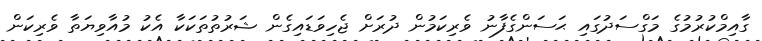
ގާއިމްކުރުމުގެ މަގްސަދުގައި ޙަސަންގެފާނު ވެރިކަމުން ދުރަށް ޖެހިވަޑައިގެން ޝަރުތުތަކަކާ އެކު މުއާވިޔަތާ ވެރިކަން